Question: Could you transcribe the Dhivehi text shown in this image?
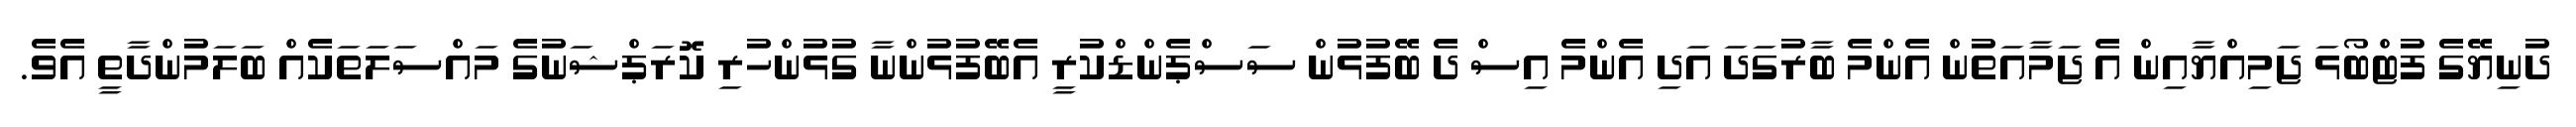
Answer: ދުނިޔޭގެ ފުޓްބޯޅަ ޖަމިއްޔާއިން އެ ޖަމާއަތުން އެންމެ ބާރުގަދަ އަދި އެންމެ އިސް ދެ ބޭފުޅުން ސަސްޕެންޑްކުރީ އެބޭފުޅުންނާ ގުޅުންހުރި ކޮރަޕްޝަނުގެ މައްސަލަތަކެއް ބަލަމުންދާތީ އެވެ.